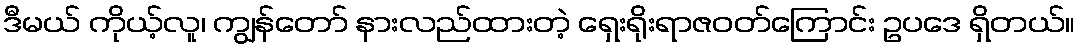
ဒီမယ် ကိုယ့်လူ၊ ကျွန်တော် နားလည်ထားတဲ့ ရှေးရိုးရာဇဝတ်ကြောင်း ဥပဒေ ရှိတယ်။